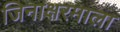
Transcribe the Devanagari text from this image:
जिनाक्षरमाला